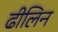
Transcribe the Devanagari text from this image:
ढीलिन